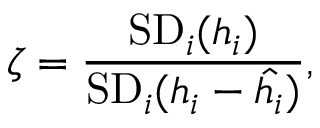
\zeta = \frac { \mathrm { S D } _ { i } ( h _ { i } ) } { \mathrm { S D } _ { i } ( h _ { i } - \hat { h _ { i } } ) } ,